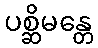
ပစ္ဆိမန္တေ